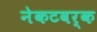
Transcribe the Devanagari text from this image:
नेकटवर्क